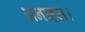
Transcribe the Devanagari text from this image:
अनाहत।